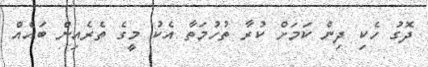
ދޮގު ހެކި ދިން ކަމަށް ކުރާ ތުހުމަތާ އެކު މީގެ ތެރެއިން ބައެއް